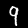
Digit: 9